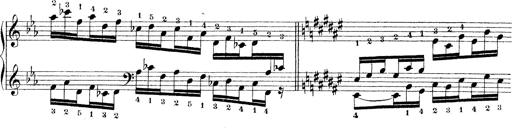
Title: Technische Studien
Composer: Franz Liszt